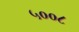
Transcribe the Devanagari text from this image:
५००८